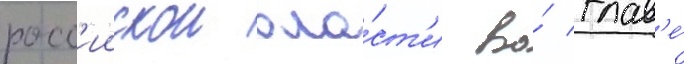
росс'иискои вла́ст'и во́ глав'е́